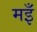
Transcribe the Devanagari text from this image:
मइँ